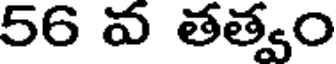
56 వ తత్వం